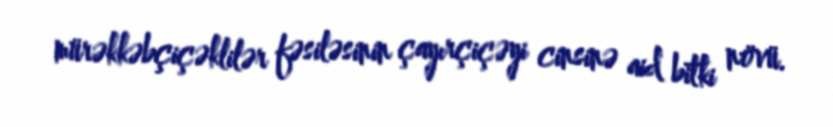
mürəkkəbçiçəklilər fəsiləsinin çayırçiçəyi cinsinə aid bitki növü.